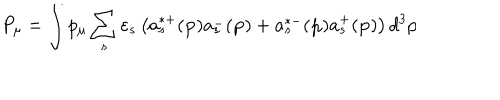
P _ { \mu } = \int p _ { \mu } \sum _ { s } \varepsilon _ { s } \left( a _ { s } ^ { * + } ( \mathbf { p } ) a _ { s } ^ { - } ( \mathbf { p } ) + a _ { s } ^ { * - } ( \mathbf { p } ) a _ { s } ^ { + } ( \mathbf { p } ) \right) d ^ { 3 } p